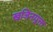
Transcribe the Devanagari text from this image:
खजिनयुक्त